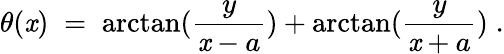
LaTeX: \theta(\mathit{x})\; =\; \arctan(\frac{{y}}{{\mathit{x}-a}})+\arctan(\frac{{y}}{{\mathit{x}+a}})\; .